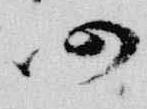
仍